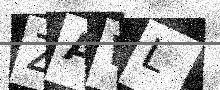
Text: ZAWL